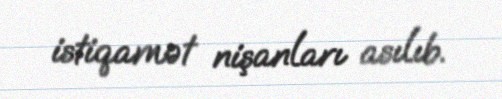
istiqamət nişanları asılıb.